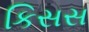
કિસસ